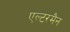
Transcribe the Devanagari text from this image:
एल्टरमैन